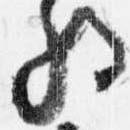
将